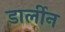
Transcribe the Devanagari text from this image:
डार्लीन